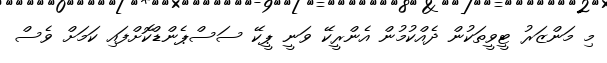
މި މަންޒަރު ޓީވީތަކުން ދެއްކުމުން އެންރީކޭ ވަނީ ޕީކޭ ސަސްޕެންޑްކޮށްފައި ކަމަށް ވެސް